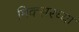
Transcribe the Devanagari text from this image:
मिक्सरच्या